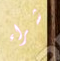
شراء